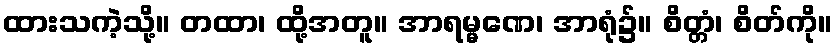
ထားသကဲ့သို့။ တထာ၊ ထို့အတူ။ အာရမ္မဏေ၊ အာရုံ၌။ စိတ္တံ၊ စိတ်ကို။